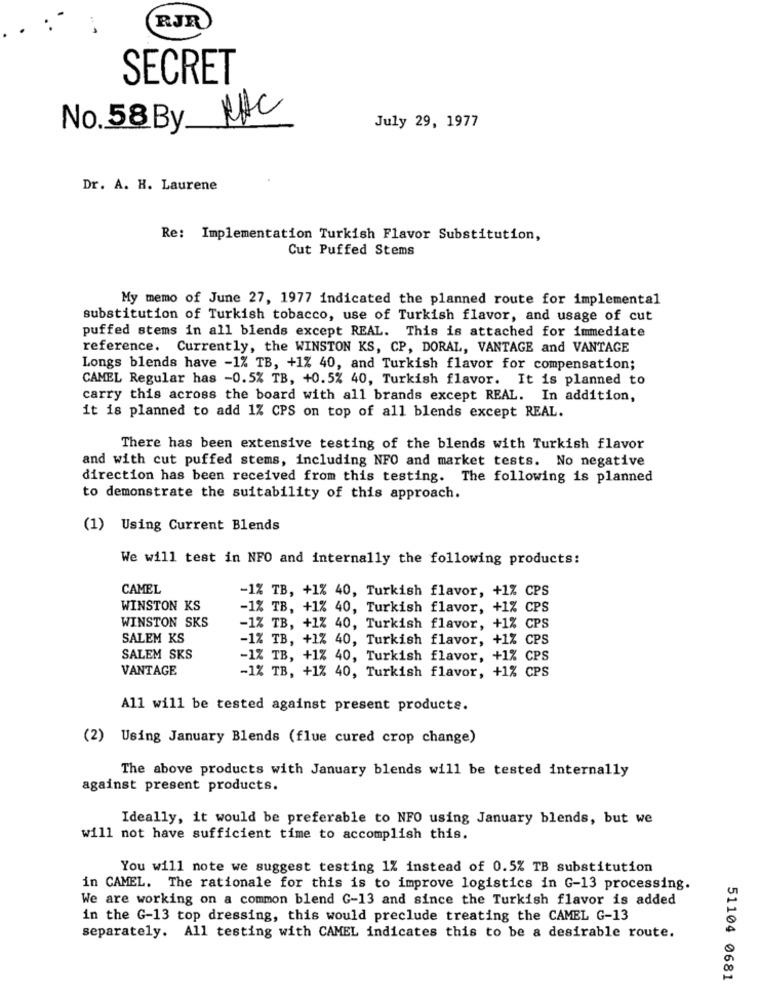
RJR
SECRET
No. 58 By NIC
July 29, 1977
Dr. A. H. Laurene
Re: Implementation Turkish Flavor Substitution,
Cut Puffed Stems
My memo of June 27, 1977 indicated the planned route for implemental
substitution of Turkish tobacco, use of Turkish flavor, and usage of cut
puffed stems in all blends except REAL. This is attached for immediate
reference. Currently, the WINSTON KS, CP, DORAL, VANTAGE and VANTAGE
Longs blends have -1% TB, +1% 40, and Turkish flavor for compensation;
CAMEL Regular has -0.5% TB, +0.5% 40, Turkish flavor. It is planned to
carry this across the board with all brands except REAL. In addition,
it is planned to add 1% CPS on top of all blends except REAL.
There has been extensive testing of the blends with Turkish flavor
and with cut puffed stems, including NFO and market tests. No negative
direction has been received from this testing. The following is planned
to demonstrate the suitability of this approach.
(1) Using Current Blends
We will test in NFO and internally the following products:
CAMEL
-1% TB, +1% 40, Turkish flavor, +1% CPS
WINSTON KS
-1% TB, +1% 40, Turkish flavor, +1% CPS
WINSTON SKS
-1% TB, +1% 40, Turkish flavor, +1% CPS
SALEM KS
-1% TB, +1% 40, Turkish flavor, +1% CPS
SALEM SKS
-1% TB, +1% 40, Turkish flavor, +1% CPS
VANTAGE
-1% TB, +1% 40, Turkish flavor, +1% CPS
All will be tested against present producte.
(2) Using January Blends (flue cured crop change)
The above products with January blends will be tested internally
against present products.
Ideally, it would be preferable to NFO using January blends, but we
will not have sufficient time to accomplish this.
You will note we suggest testing 1% instead of 0.5% TB substitution
in CAMEL. The rationale for this is to improve logistics in G-13 processing.
We are working on a common blend G-13 and since the Turkish flavor is added
in the G-13 top dressing, this would preclude treating the CAMEL G-13
separately. All testing with CAMEL indicates this to be a desirable route.
51104 0681